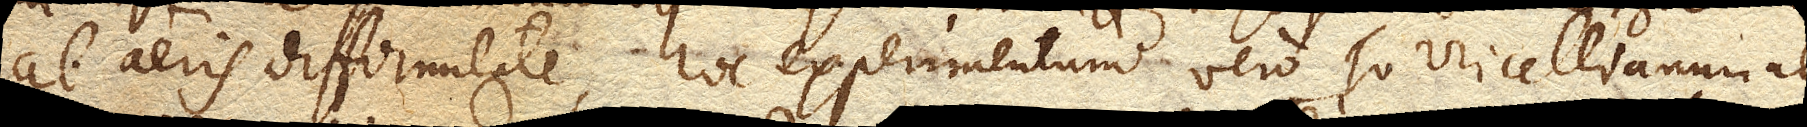
ab aeris difformitate, hoc experimentum vero Torricellianum ab